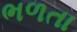
ભળતા